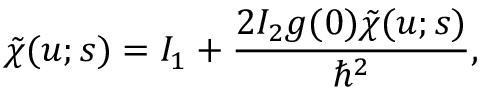
\tilde { \chi } ( u ; s ) = I _ { 1 } + \frac { 2 I _ { 2 } g ( 0 ) \tilde { \chi } ( u ; s ) } { \hbar ^ { 2 } } ,